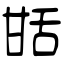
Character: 甛